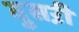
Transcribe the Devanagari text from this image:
दुसऱी